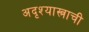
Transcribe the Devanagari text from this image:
अदृश्यास्त्राची